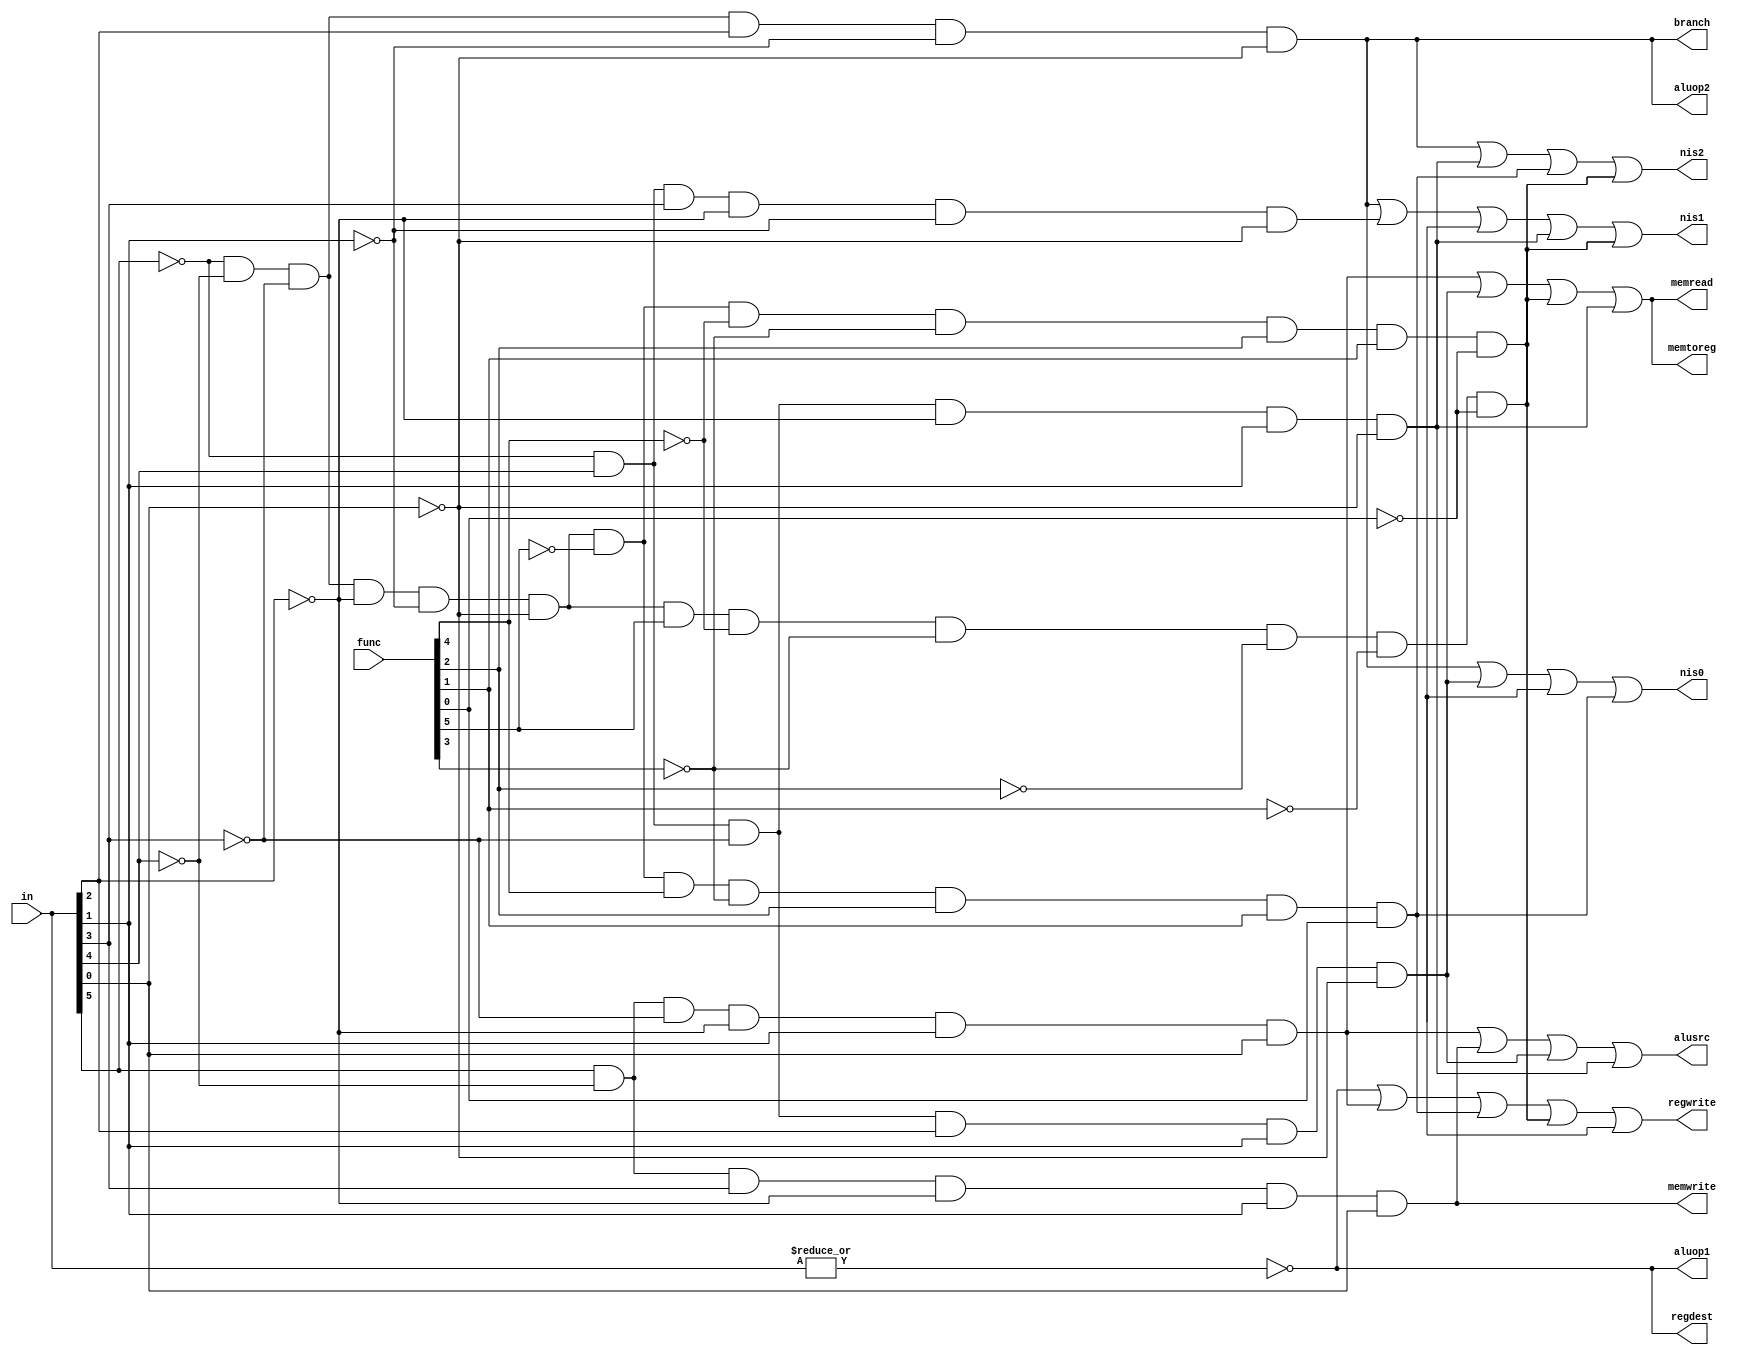
module control(in,func,regdest,alusrc,memtoreg,regwrite,memread,memwrite,branch,aluop1,aluop2,nis0,nis1,nis2);
input [5:0] in,func;
output regdest,alusrc,memtoreg,regwrite,memread,memwrite,branch,aluop1,aluop2,nis0,nis1,nis2;
wire rformat,lw,sw,beq;
wire bmv,balrn,jmadd,bz,srlv,jsp;

assign rformat=~|in;
assign lw=in[5]& (~in[4])&(~in[3])&(~in[2])&in[1]&in[0];
assign sw=in[5]& (~in[4])&in[3]&(~in[2])&in[1]&in[0];
assign beq=~in[5]& (~in[4])&(~in[3])&in[2]&(~in[1])&(~in[0]);

assign bmv=~in[5]& in[4]&(~in[3])&in[2]&in[1]&(~in[0]); // 010110 opcode = 22
assign balrn=~in[5]& (~in[4])&(~in[3])&(~in[2])&(~in[1])&(~in[0])&(~func[5])&(func[4])&(~func[3])&(func[2])&(func[1])&(func[0]); // 010111  func code = 23
assign jmadd=~in[5]& (~in[4])&(~in[3])&(~in[2])&(~in[1])&(~in[0])&(func[5])&(~func[4])&(~func[3])&(~func[2])&(~func[1])&(~func[0]); // 100000  func code = 32
assign bz=~in[5]& in[4]&in[3]&(~in[2])&(~in[1])&(~in[0]); // 011000 opcode = 24
assign jmadd=~in[5]& (~in[4])&(~in[3])&(~in[2])&(~in[1])&(~in[0])&(~func[5])&(~func[4])&(~func[3])&(func[2])&(func[1])&(~func[0]); // 000110  func code = 6
assign jsp=~in[5]& in[4]&(~in[3])&(~in[2])&in[1]&(~in[0]); // 010010 opcode = 18

assign regdest=rformat;
assign alusrc=lw|sw|bmv|jsp;
assign memtoreg=lw|bmv|jmadd|jsp;
assign regwrite=rformat|lw|balrn|jmadd|srlv;
assign memread=lw|bmv|jmadd|jsp;
assign memwrite=sw;
assign branch=beq;
assign aluop1=rformat;
assign aluop2=beq;


assign nis0 = beq|bmv|srlv|balrn;
assign nis1 = beq|bz|srlv|jsp|jmadd;
assign nis2 = beq|jsp|balrn|jmadd;

endmodule